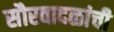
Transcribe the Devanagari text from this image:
सौरवादळांची